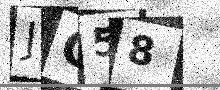
Text: JC58